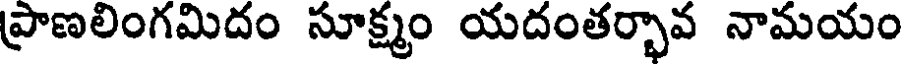
ప్రాణలింగమిదం సూక్ష్మం యదంతర్భావ నామయం